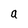
Character: a